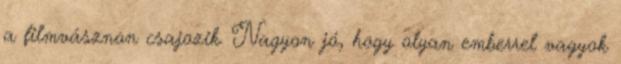
a filmvásznon csajozik. Nagyon jó, hogy olyan emberrel vagyok